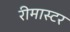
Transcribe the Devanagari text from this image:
रीमास्टर